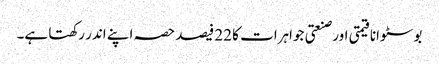
بوسٹوانا قیمتی اور صنعتی جواہرات کا 22 فیصد حصہ اپنے اندر رکھتا ہے۔